Lunatic asylums Burma 1907-21 - 1907-1921
Year: 1907
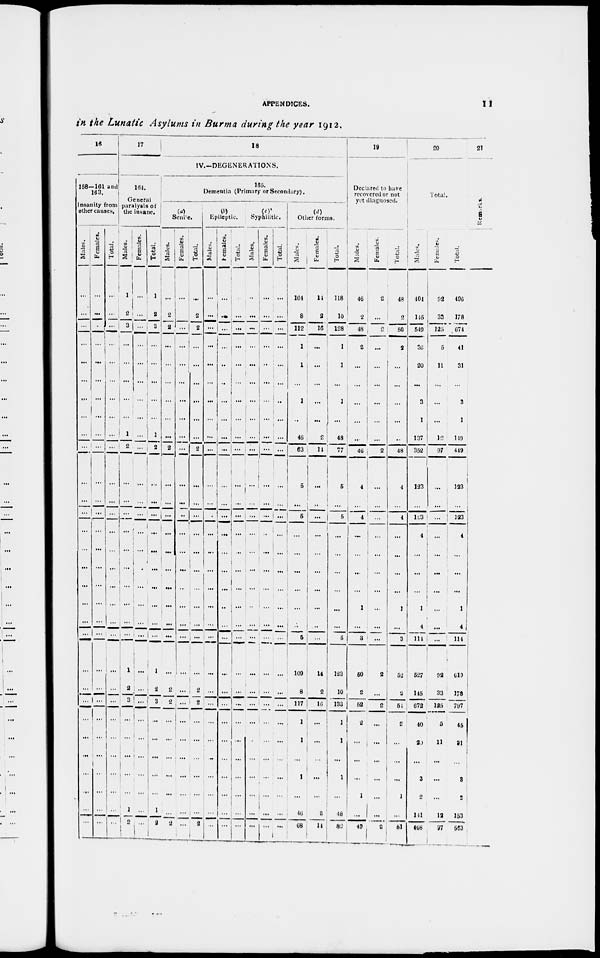
APPENDICES.
I I
in the Lunatic Asylums in Burma during the year 1912.
16
158—161 and
163.
Insanity from
other causes.
Males.
...
...
...
...
...
...
...
...
...
...
...
...
...
...
...
...
...
...
...
...
...
...
...
...
...
...
...
...
...
...
Females.
...
...
...
...
...
...
...
...
...
...
...
...
...
...
...
...
...
...
...
...
...
...
...
...
...
...
...
...
...
...
Total.
...
...
...
...
...
...
...
...
...
...
...
...
...
...
...
...
...
...
...
...
...
...
...
...
...
...
...
...
...
...
17
161.
General
paralysis of
the insane.
Males.
1
2
3
...
...
...
...
...
1
2
...
...
...
...
...
...
...
...
...
...
1
2
3
...
...
...
...
...
1
2
Females.
...
...
...
...
...
...
...
...
...
...
...
...
...
...
...
...
...
...
...
...
...
...
...
...
...
...
...
...
...
...
Total.
1
2
3
...
...
...
...
...
1
2
...
...
...
...
...
...
...
...
...
...
1
2
3
...
...
...
...
...
1
2
18
IV.—DEGENERATIONS.
165.
Dementia (Primary or Secondary).
(a)
Senile.
Males.
...
2
2
...
...
...
...
...
...
2
...
...
...
...
...
...
...
...
...
...
...
2
2
...
...
...
...
...
...
2
Females.
...
...
...
...
...
...
...
...
...
...
...
...
...
...
...
...
...
...
...
...
...
...
...
...
...
...
...
...
...
...
Total.
...
2
2
...
...
...
...
...
...
2
...
...
...
...
...
...
...
...
...
...
...
2
2
...
...
...
...
...
...
2
(b)
Epileptic.
Males.
...
...
...
...
...
...
...
...
...
...
...
...
...
...
...
...
...
...
...
...
...
...
...
...
...
...
...
...
...
...
Females.
...
...
...
...
...
...
...
...
...
...
...
...
...
...
...
...
...
...
...
...
...
...
...
...
...
...
...
...
...
...
Total.
...
...
...
...
...
...
...
...
...
...
...
...
...
...
...
...
...
...
...
...
...
...
...
...
...
...
...
...
...
...
(c)
Syphilitic.
Males.
...
...
...
...
...
...
...
...
...
...
...
...
...
...
...
...
...
...
...
...
...
...
...
...
...
...
...
...
...
...
Females.
...
...
...
...
...
...
...
...
...
...
...
...
...
...
...
...
...
...
...
...
...
...
...
...
...
...
...
...
...
Total.
...
...
...
...
...
...
...
...
...
...
...
...
...
...
...
...
...
...
...
...
...
...
...
...
...
...
...
...
...
...
(d)
Other forms.
Males.
104
8
112
1
1
...
1
...
46
63
5
...
5
...
...
...
...
...
...
5
109
8
117
1
1
...
1
...
46
68
Females.
14
2
16
...
...
...
...
...
2
14
...
...
...
...
...
...
...
...
...
...
14
2
16
...
...
...
...
...
2
14
Total.
118
10
128
1
1
...
1
...
48
77
5
...
5
...
...
...
...
...
...
5
123
10
133
1
1
...
1
...
48
82
19
Declared to have
recovered or not
yet diagnosed.
Males.
46
2
48
2
...
...
...
...
...
46
4
...
4
...
...
...
...
1
...
3
50
2
52
2
...
...
...
1
...
49
Females.
2
...
2
...
...
...
...
...
...
2
...
...
...
...
...
...
...
...
...
...
2
...
2
...
...
...
...
...
...
2
Total.
48
2
50
2
...
...
...
...
..
48
4
...
4
...
...
...
...
1
...
3
52
2
54
2
...
...
...
1
...
51
20
Total.
Males.
404
145
549
36
20
...
3
1
137
352
123
...
123
4
...
...
...
1
4
114
527
115
672
40
20
...
3
2
141
466
Females.
92
33
125
5
11
...
...
...
12
97
...
...
...
...
...
...
...
...
...
...
92
33
125
5
11
...
...
...
12
97
Total.
496
178
674
41
31
...
3
1
119
449
123
...
123
4
...
...
...
1
4
114
619
178
797
45
31
...
3
2
153
563
21
Remarks.